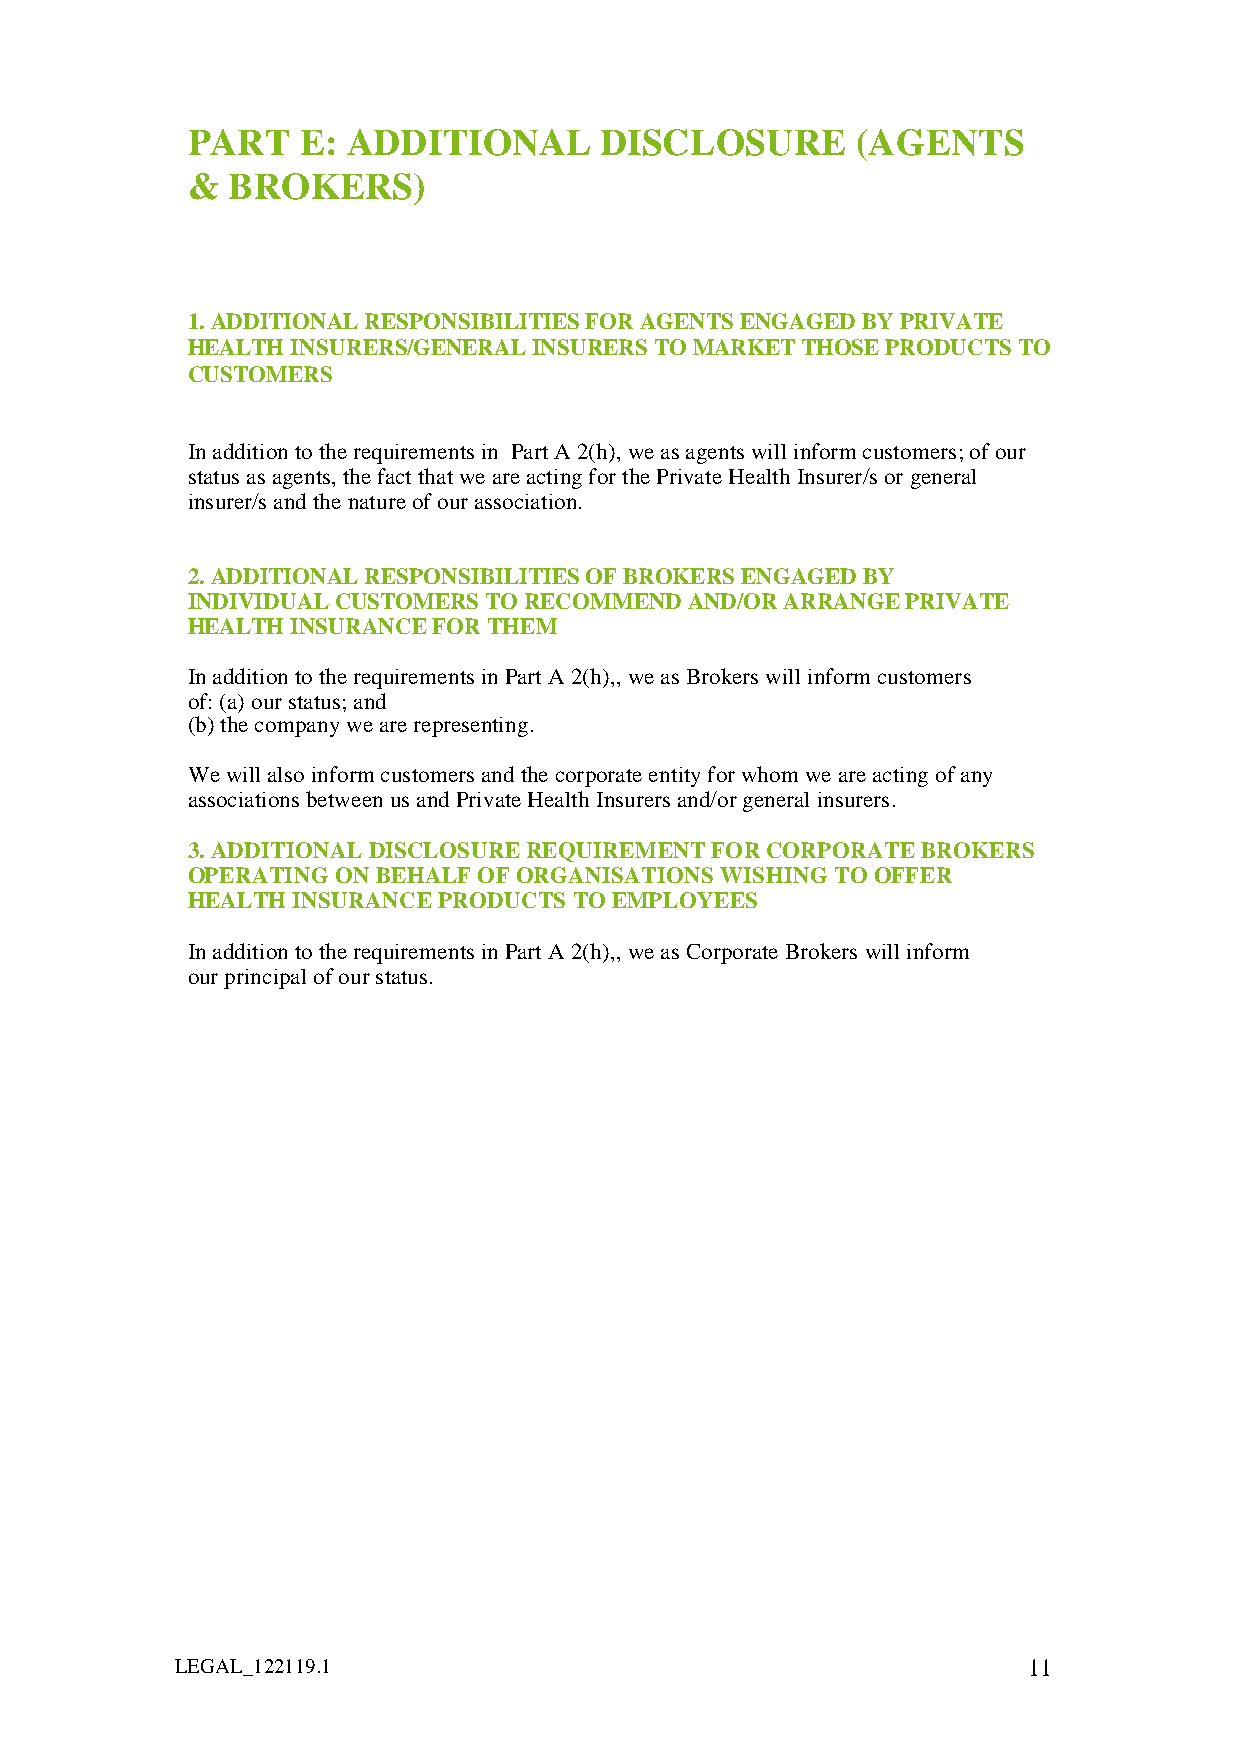
PART    E: ADDITIONAL       DISCLOSURE       (AGENTS
 &  BROKERS)
 1. ADDITIONAL RESPONSIBILITIES FOR AGENTS ENGAGED BY PRIVATE
 HEALTH INSURERS/GENERAL INSURERS TO MARKET THOSE PRODUCTS TO
 CUSTOMERS
 In addition to the requirements in Part A 2(h), we as agents will inform customers; of our
 status as agents, the fact that we are acting for the Private Health Insurer/s or general
 insurer/s and the nature of our association.
 2. ADDITIONAL RESPONSIBILITIES OF BROKERS ENGAGED BY
 INDIVIDUAL CUSTOMERS TO RECOMMEND AND/OR ARRANGE PRIVATE
 HEALTH INSURANCE FOR THEM
 In addition to the requirements in Part A 2(h),, we as Brokers will inform customers
 of: (a) our status; and
 (b) the company we are representing.
 We will also inform customers and the corporate entity for whom we are acting of any
 associations between us and Private Health Insurers and/or general insurers.
 3. ADDITIONAL DISCLOSURE REQUIREMENT FOR CORPORATE BROKERS
 OPERATING ON BEHALF OF ORGANISATIONS WISHING TO OFFER
 HEALTH INSURANCE PRODUCTS TO EMPLOYEES
 In addition to the requirements in Part A 2(h),, we as Corporate Brokers will inform
 our principal of our status.
 LEGAL_122119.1                                          11